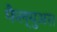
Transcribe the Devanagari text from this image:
फैल्युअर।